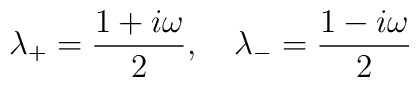
\lambda_{+}=\frac{1+i\omega}{2},\quad\lambda_{-}=\frac{1-i\omega}{2}